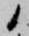
候